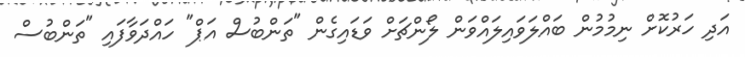
އަދި ހަރުކޮށް ނިމުމުން ބައްލަވައިލައްވަން ލޯންޗަށް ވަޑައިގެން "ތަންބުސް އަޕް" ހައްދަވާފައި "ތަންބުސް